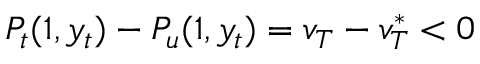
P _ { t } ( 1 , y _ { t } ) - P _ { u } ( 1 , y _ { t } ) = v _ { T } - v _ { T } ^ { * } < 0